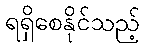
ရရှိစေနိုင်သည့်